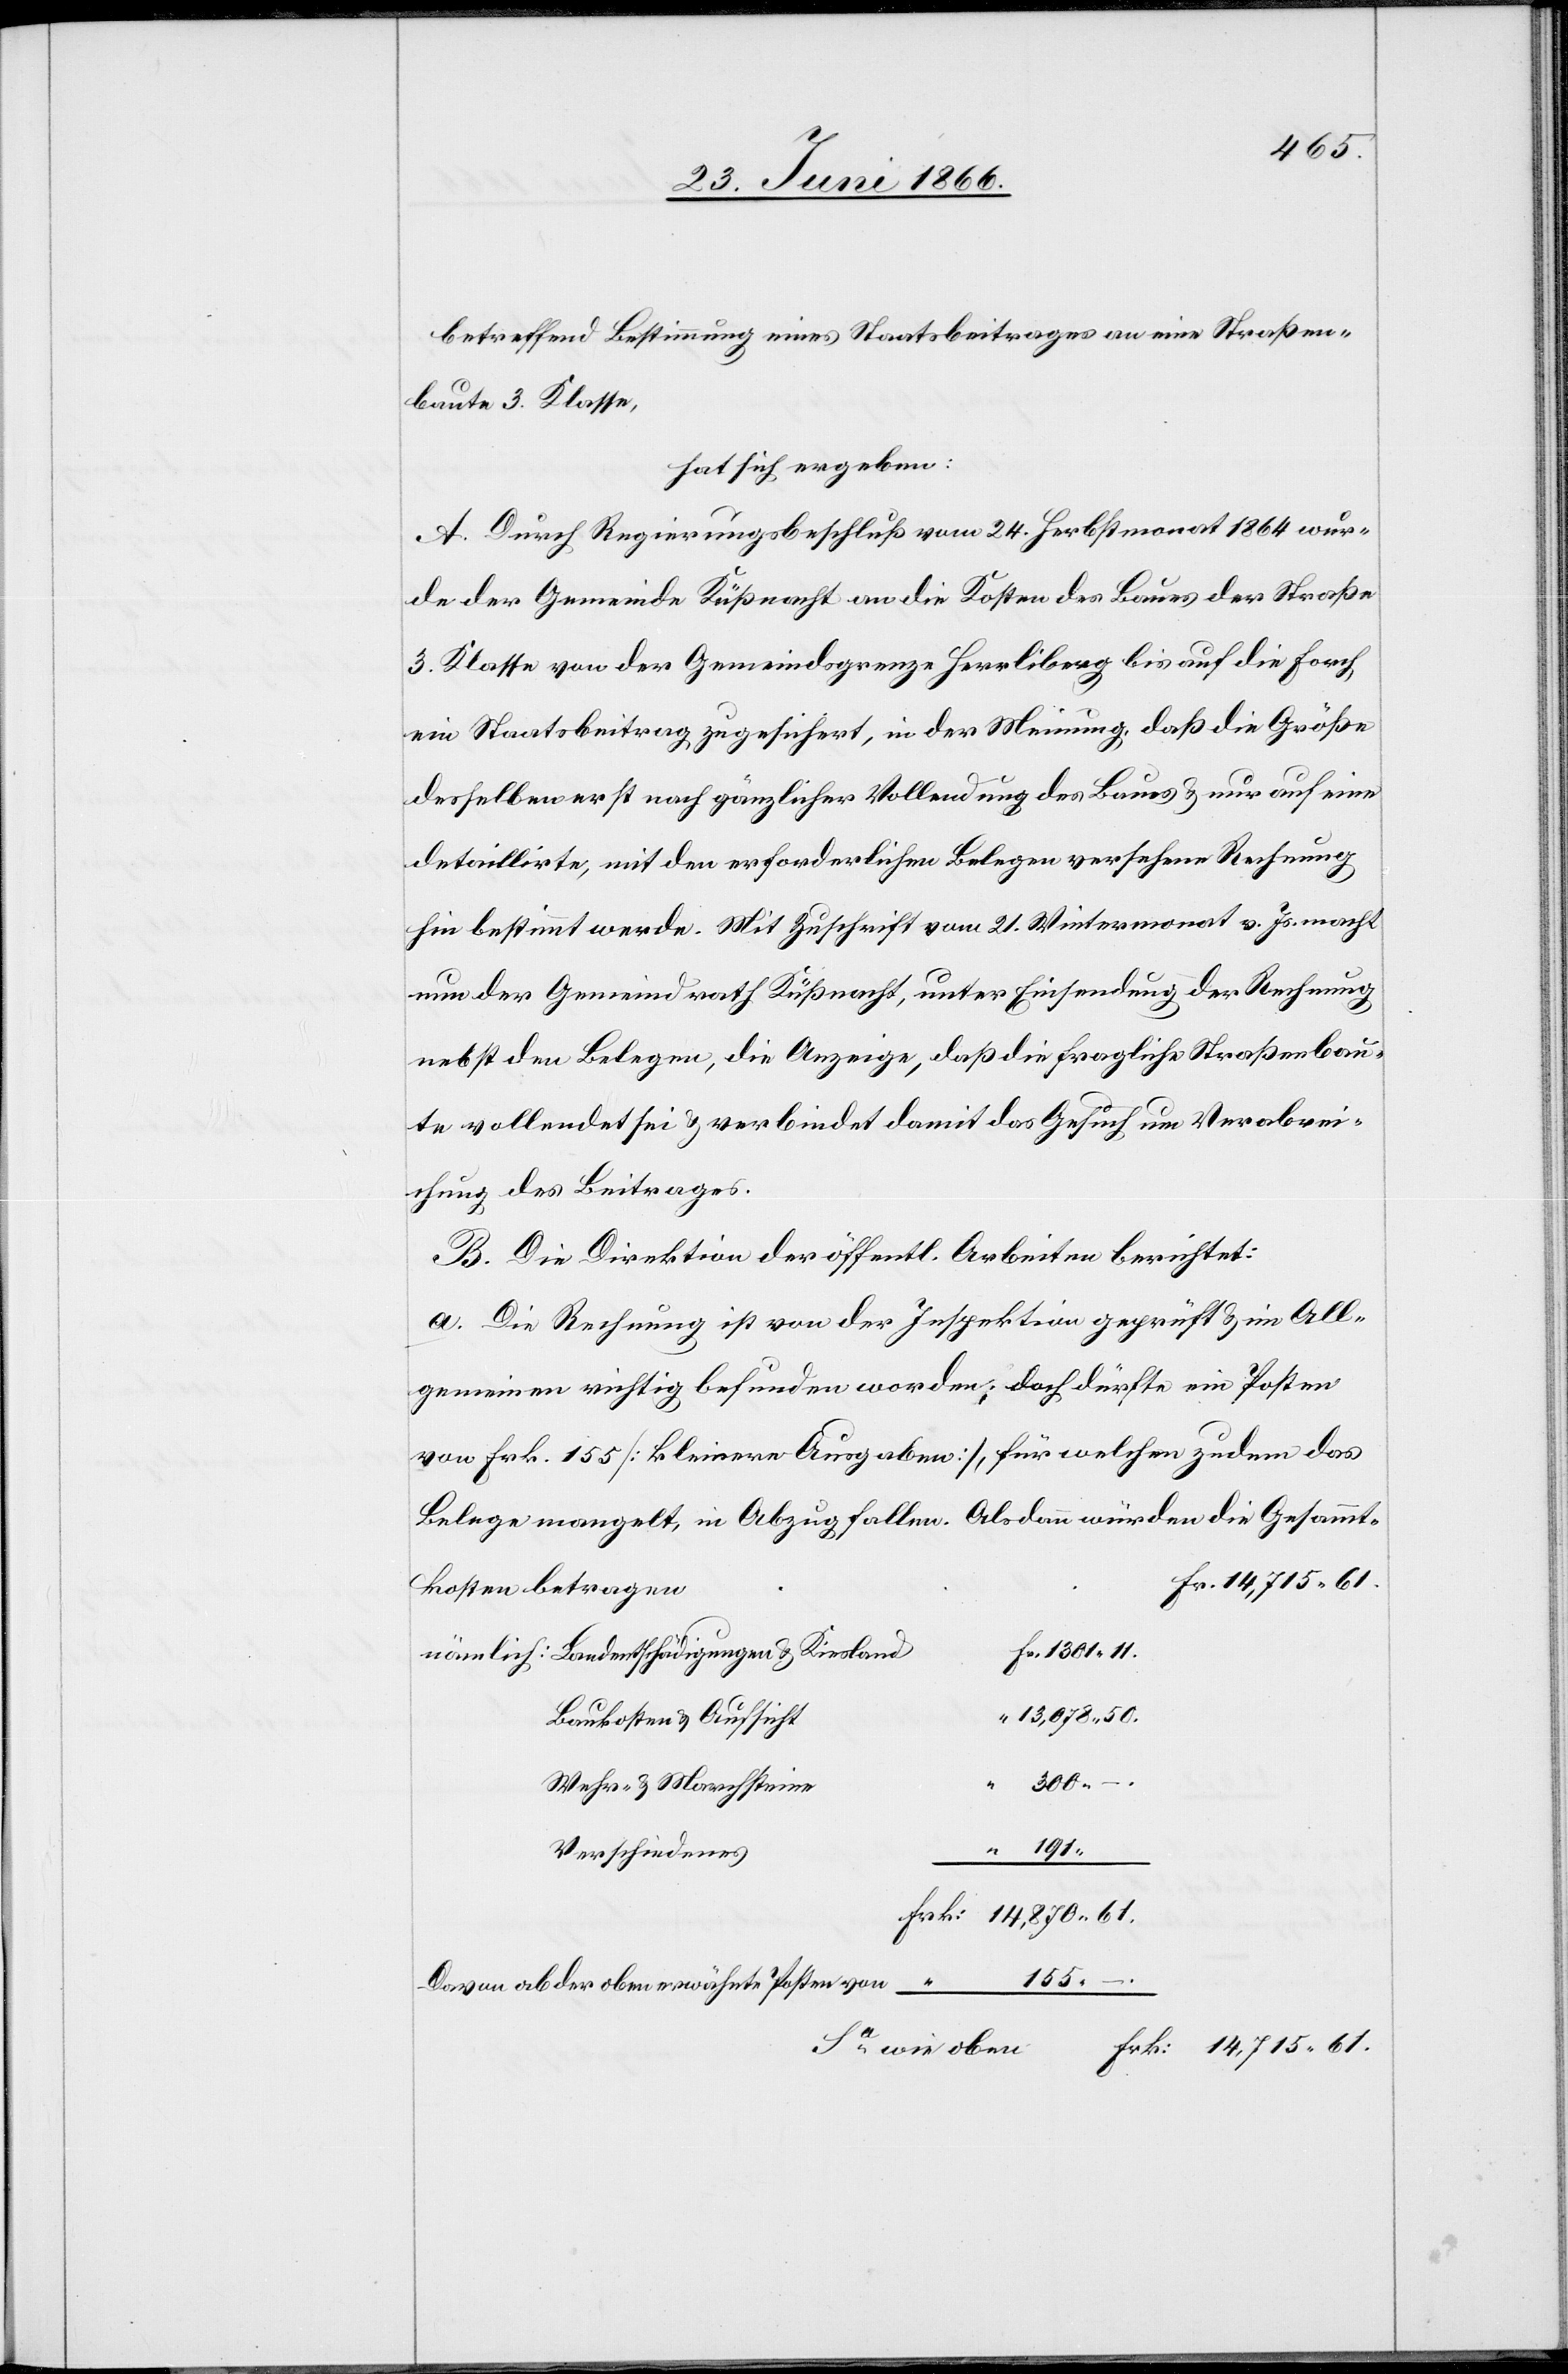
betreffend Bestimmung eines Staatsbeitrages an eine Straßen¬
baute 3. Klasse,
hat sich ergeben:
A. Durch Regierungsbeschluß vom 24. Herbstmonat 1864 wur¬
de der Gemeinde Küßnacht an die Kosten des Baues der Straße
3. Klasse von der Gemeindsgrenze Herrliberg bis auf die Forch
ein Staatsbeitrag zugesichert, in der Meinung, daß die Größe
desselben erst nach gänzlicher Vollendung des Baues u. nur auf eine
detaillirte, mit den erforderlichen Belegen versehene Rechnung
hin bestimmt werde. Mit Zuschrift vom 21. Wintermonat v. Js. macht
nun der Gemeindrath Küßnacht, unter Einsendung der Rechnung
nebst den Belegen, die Anzeige, daß die fragliche Straßenbau¬
te vollendet sei u. verbindet damit das Gesuch um Verabrei¬
chung des Beitrages.
B. Die Direktion der öffentl. Arbeiten berichtet:
a. Die Rechnung ist von der Inspektion geprüft u. im All¬
gemeinen richtig befunden worden; doch dürfte ein Posten
von Frk. 155 [kleinere Ausgaben], für welchen zudem das
Belege [sic!] mangelt, in Abzug fallen. Alsdann würden die Gesammt¬
Frk: 14 715.61.
kosten betragen
Baukosten u. Aufsicht
wie
870.
Wehr- u. Marchsteine
Verschiedenes
Davon ab der oben erwähnte Posten von